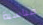
مناسبة